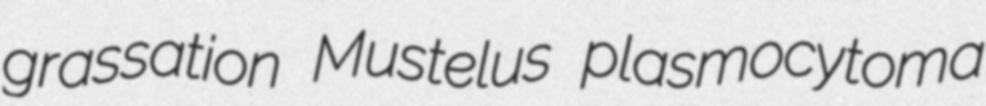
grassation Mustelus plasmocytoma